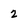
Character: 2